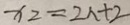
x _ { 2 } = 2 n + 2